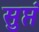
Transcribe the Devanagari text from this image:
सुप्तं